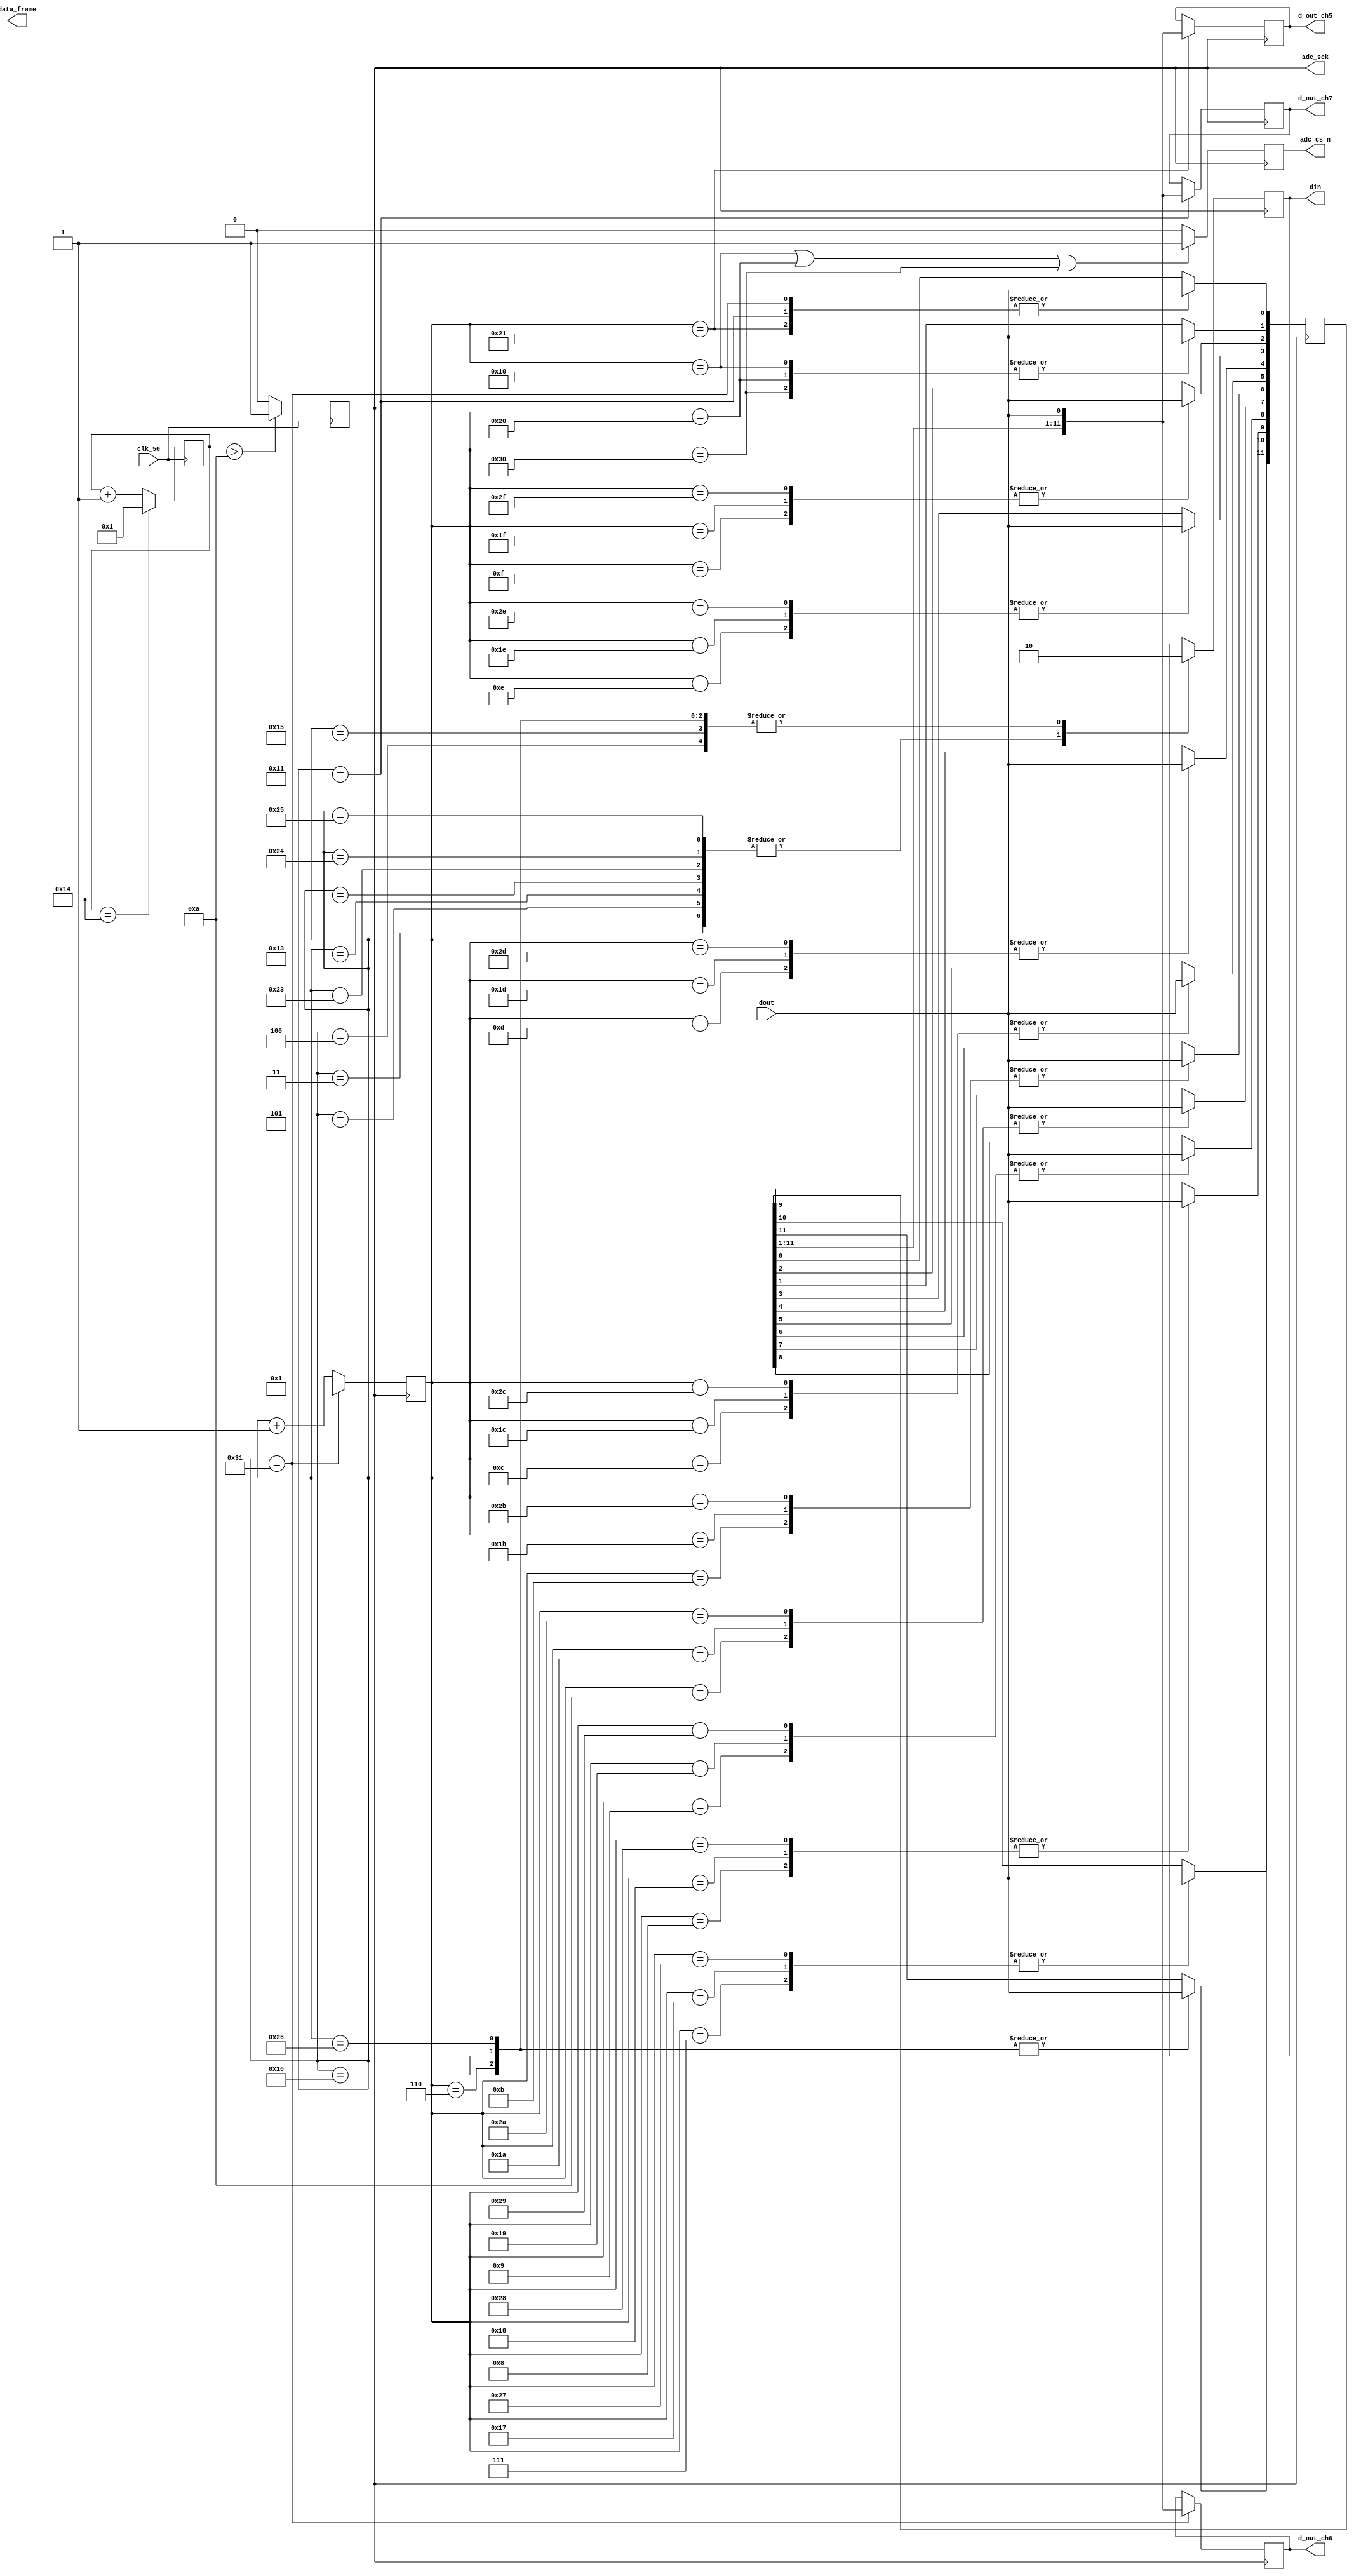
// SB : Task 2 A : ADC
/*
Instructions
-------------------
Students are not allowed to make any changes in the Module declaration.
This file is used to design ADC Controller.

Recommended Quartus Version : 19.1
The submitted project file must be 19.1 compatible as the evaluation will be done on Quartus Prime Lite 19.1.

Warning: The error due to compatibility will not be entertained.
-------------------
*/

//ADC Controller design
//Inputs  : clk_50 : 50 MHz clock, dout : digital output from ADC128S022 (serial 12-bit)
//Output  : adc_cs_n : Chip Select, din : Ch. address input to ADC128S022, adc_sck : 2.5 MHz ADC clock,
//				d_out_ch5, d_out_ch6, d_out_ch7 : 12-bit output of ch. 5,6 & 7,
//				data_frame : To represent 16-cycle frame (optional)

//////////////////DO NOT MAKE ANY CHANGES IN MODULE//////////////////
module adc_control(
	input  clk_50,				//50 MHz clock
	input  dout,				//digital output from ADC128S022 (serial 12-bit)
	output adc_cs_n,			//ADC128S022 Chip Select
	output din,					//Ch. address input to ADC128S022 (serial)
	output adc_sck,			//2.5 MHz ADC clock
	output [11:0]d_out_ch5,	//12-bit output of ch. 5 (parallel)
	output [11:0]d_out_ch6,	//12-bit output of ch. 6 (parallel)
	output [11:0]d_out_ch7,	//12-bit output of ch. 7 (parallel)
	output [1:0]data_frame	//To represent 16-cycle frame (optional)
);
	
////////////////////////WRITE YOUR CODE FROM HERE////////////////////

reg [7:0] counter = 1 ;
reg [6:0] count = 1 ;
reg [2:0] ADD5 = 101 ;
reg [2:0] ADD6 = 110 ;
reg [2:0] ADD7 = 111 ;
reg [11:0] data ;
reg sck ;
reg cs = 0 ;
reg d = 0 ;
reg [11:0] ch5 = 12'b0 ;
reg [11:0] ch6 = 12'b0 ;
reg [11:0] ch7 = 12'b0 ;

always @(negedge clk_50 ) begin
      counter <= counter + 1;
		
    if(counter==20) begin 
       counter <= 1; end 
		 
    sck = (counter>10) ? 1:0;
end
	
always @(negedge sck) begin 
      count <= count + 1 ;
		
	 if (count == 49 ) begin 
	    count <= 1 ; end 
      
	 if (count == 16 || count == 32 || count == 48 ) begin 
        cs <= 1; end 
    
	 else begin 
        cs <= 0; end 
 
    case (count)
	  
	 3:  d <= ADD5[2] ;
	 4:  d <= ADD5[1] ;
	 5:  d <= ADD5[0] ;
	 6:  begin 
	     data[11] <= dout ;
	     d <= 0 ;
		  end
	 7:  data[10] <= dout ;
	 8:  data[9] <= dout ;
	 9:  data[8] <= dout ;
	 10: data[7] <= dout ;
	 11: data[6] <= dout ;
	 12: data[5] <= dout ;
	 13: data[4] <= dout ;
	 14: data[3] <= dout ;
	 15: data[2] <= dout ;
	 16: data[1] <= dout ;
	 17: begin 
	     data[0] = dout ;
	     ch7 <= data ;
		  end
	 
	 19: d <= ADD6[2] ;
	 20: d <= ADD6[1] ;
	 21: d <= ADD6[0] ;
	 22: begin 
	     data[11] <= dout ;
	     d <= 0 ;
		  end
	 23: data[10] <= dout ;
	 24: data[9] <= dout ;
	 25: data[8] <= dout ;
	 26: data[7] <= dout ;
	 27: data[6] <= dout ;
	 28: data[5] <= dout ;
	 29: data[4] <= dout ;
	 30: data[3] <= dout ;
	 31: data[2] <= dout ;
	 32: data[1] <= dout ;
	 33: begin 
	     data[0] = dout ;
	     ch5 <= data ;
		  end 
	 	  
	 35: d <= ADD7[2] ;
	 36: d <= ADD7[1] ;
	 37: d <= ADD7[0] ;
	 38: begin 
	     data[11] <= dout ;
	     d <= 0 ;
		  end 
	 39: data[10] <= dout ; 
	 40: data[9] <= dout ;
	 41: data[8] <= dout ;
	 42: data[7] <= dout ;
	 43: data[6] <= dout ;
	 44: data[5] <= dout ;
	 45: data[4] <= dout ;
	 46: data[3] <= dout ;
	 47: data[2] <= dout ;
	 48: data[1] <= dout ;
	 49:  begin 
	     data[0] = dout ;
	     ch6 <= data ;
		  end
		  
	 endcase 
	 
end 
		
assign adc_sck = sck ;
assign adc_cs_n = cs ; 
assign din = d ;
assign d_out_ch5 = ch5 ;
assign d_out_ch6 = ch6 ;
assign d_out_ch7 = ch7 ;	 
	 
////////////////////////YOUR CODE ENDS HERE//////////////////////////
endmodule
///////////////////////////////MODULE ENDS///////////////////////////